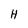
Character: H